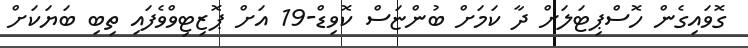
ގޮވައިގެން ހޮސްޕިޓަލަށް ދާ ކަމަށް ބުންޏަސް ކޮވިޑް-19 އަށް ޕޮޒިޓިވްވެފައި ތިބި ބަޔަކަށް